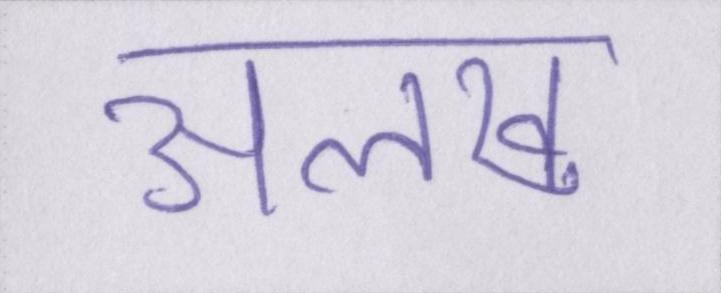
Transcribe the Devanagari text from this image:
अलख